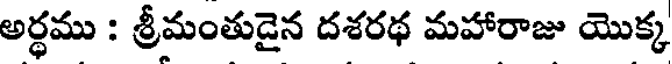
అర్థము : శ్రీమంతుడైన దశరథ మహారాజు యొక్క